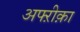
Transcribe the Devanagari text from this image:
अफ्ऱीक़ा